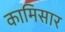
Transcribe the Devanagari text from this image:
कामिसार